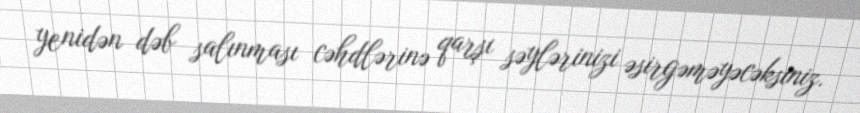
yenidən dəb salınması cəhdlərinə qarşı səylərinizi əsirgəməyəcəksiniz.